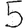
Digit: 5